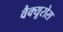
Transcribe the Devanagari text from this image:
वैक्यूरोस